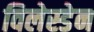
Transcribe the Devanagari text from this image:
विलेस्डेन